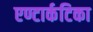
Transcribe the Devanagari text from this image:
एण्टार्कटिका